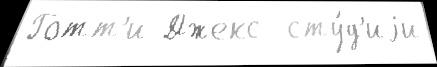
Готт'и Джекс  сту́д'иjи